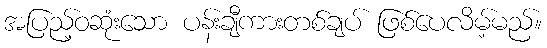
အပြည့်ဝဆုံးသော ပန်းချီကားတစ်ချပ် ဖြစ်ပေလိမ့်မည်။